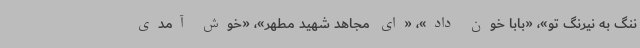
ننگ به نیرنگ تو»، «بابا خون داد»، «ای مجاهد شهید مطهر»، «خوش آمدی